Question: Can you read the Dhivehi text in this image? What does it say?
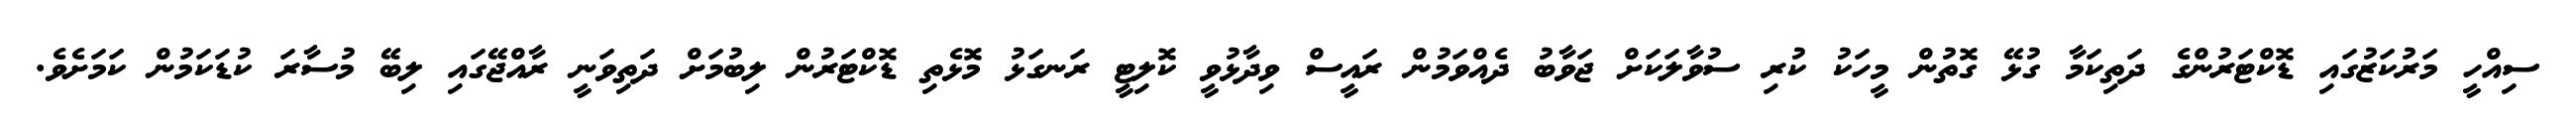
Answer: ސިއްހީ މަރުކަޒުގައި ޑޮކްޓަރުންގެ ދަތިކަމާ ގުޅޭ ގޮތުން މީހަކު ކުރި ސުވާލަކަށް ޖަވާބު ދެއްވަމުން ރައީސް ވިދާޅުވީ ކޮލިޓީ ރަނގަޅު މޮޅެތި ޑޮކްޓަރުން ލިބުމަށް ދަތިވަނީ ރާއްޖޭގައި ލިބޭ މުސާރަ ކުޑަކަމުން ކަމަށެވެ.